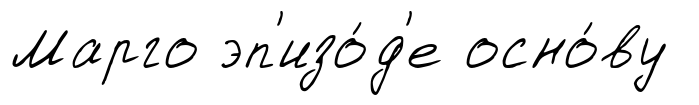
Марго эп'изо́д'е осно́ву